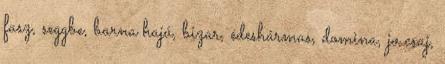
fasz, seggbe, barna hajú, bizar, édeshármas, domina, jo csaj,